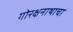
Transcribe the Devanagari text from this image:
गोरक्षनाथाचा